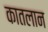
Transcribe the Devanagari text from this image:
कातलान